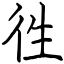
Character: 徃